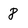
Character: 8